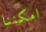
امكننا